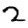
Digit: 2